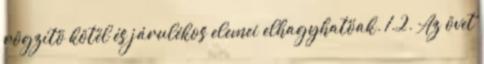
rögzítõ kötél és járulékos elemei elhagyhatóak. 1.2. Az övet